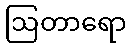
ဩတာရော